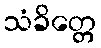
သံခိတ္တေ